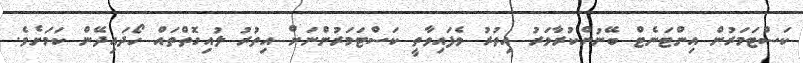
ކަސްޓަމަރުން އިންޓަނެޓް ބޭނުންކުރާވަރު އިތުރު ވެފައިވާތީ ކަސްޓަމަރުންނަށް އިތުރު ލުއިގޮތްތައް ހޯދައިދޭން ކަމަށެވެ.